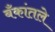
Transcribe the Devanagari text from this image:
बँकांतले